Karu_vallavalitsus_Parnumaal, lk 17
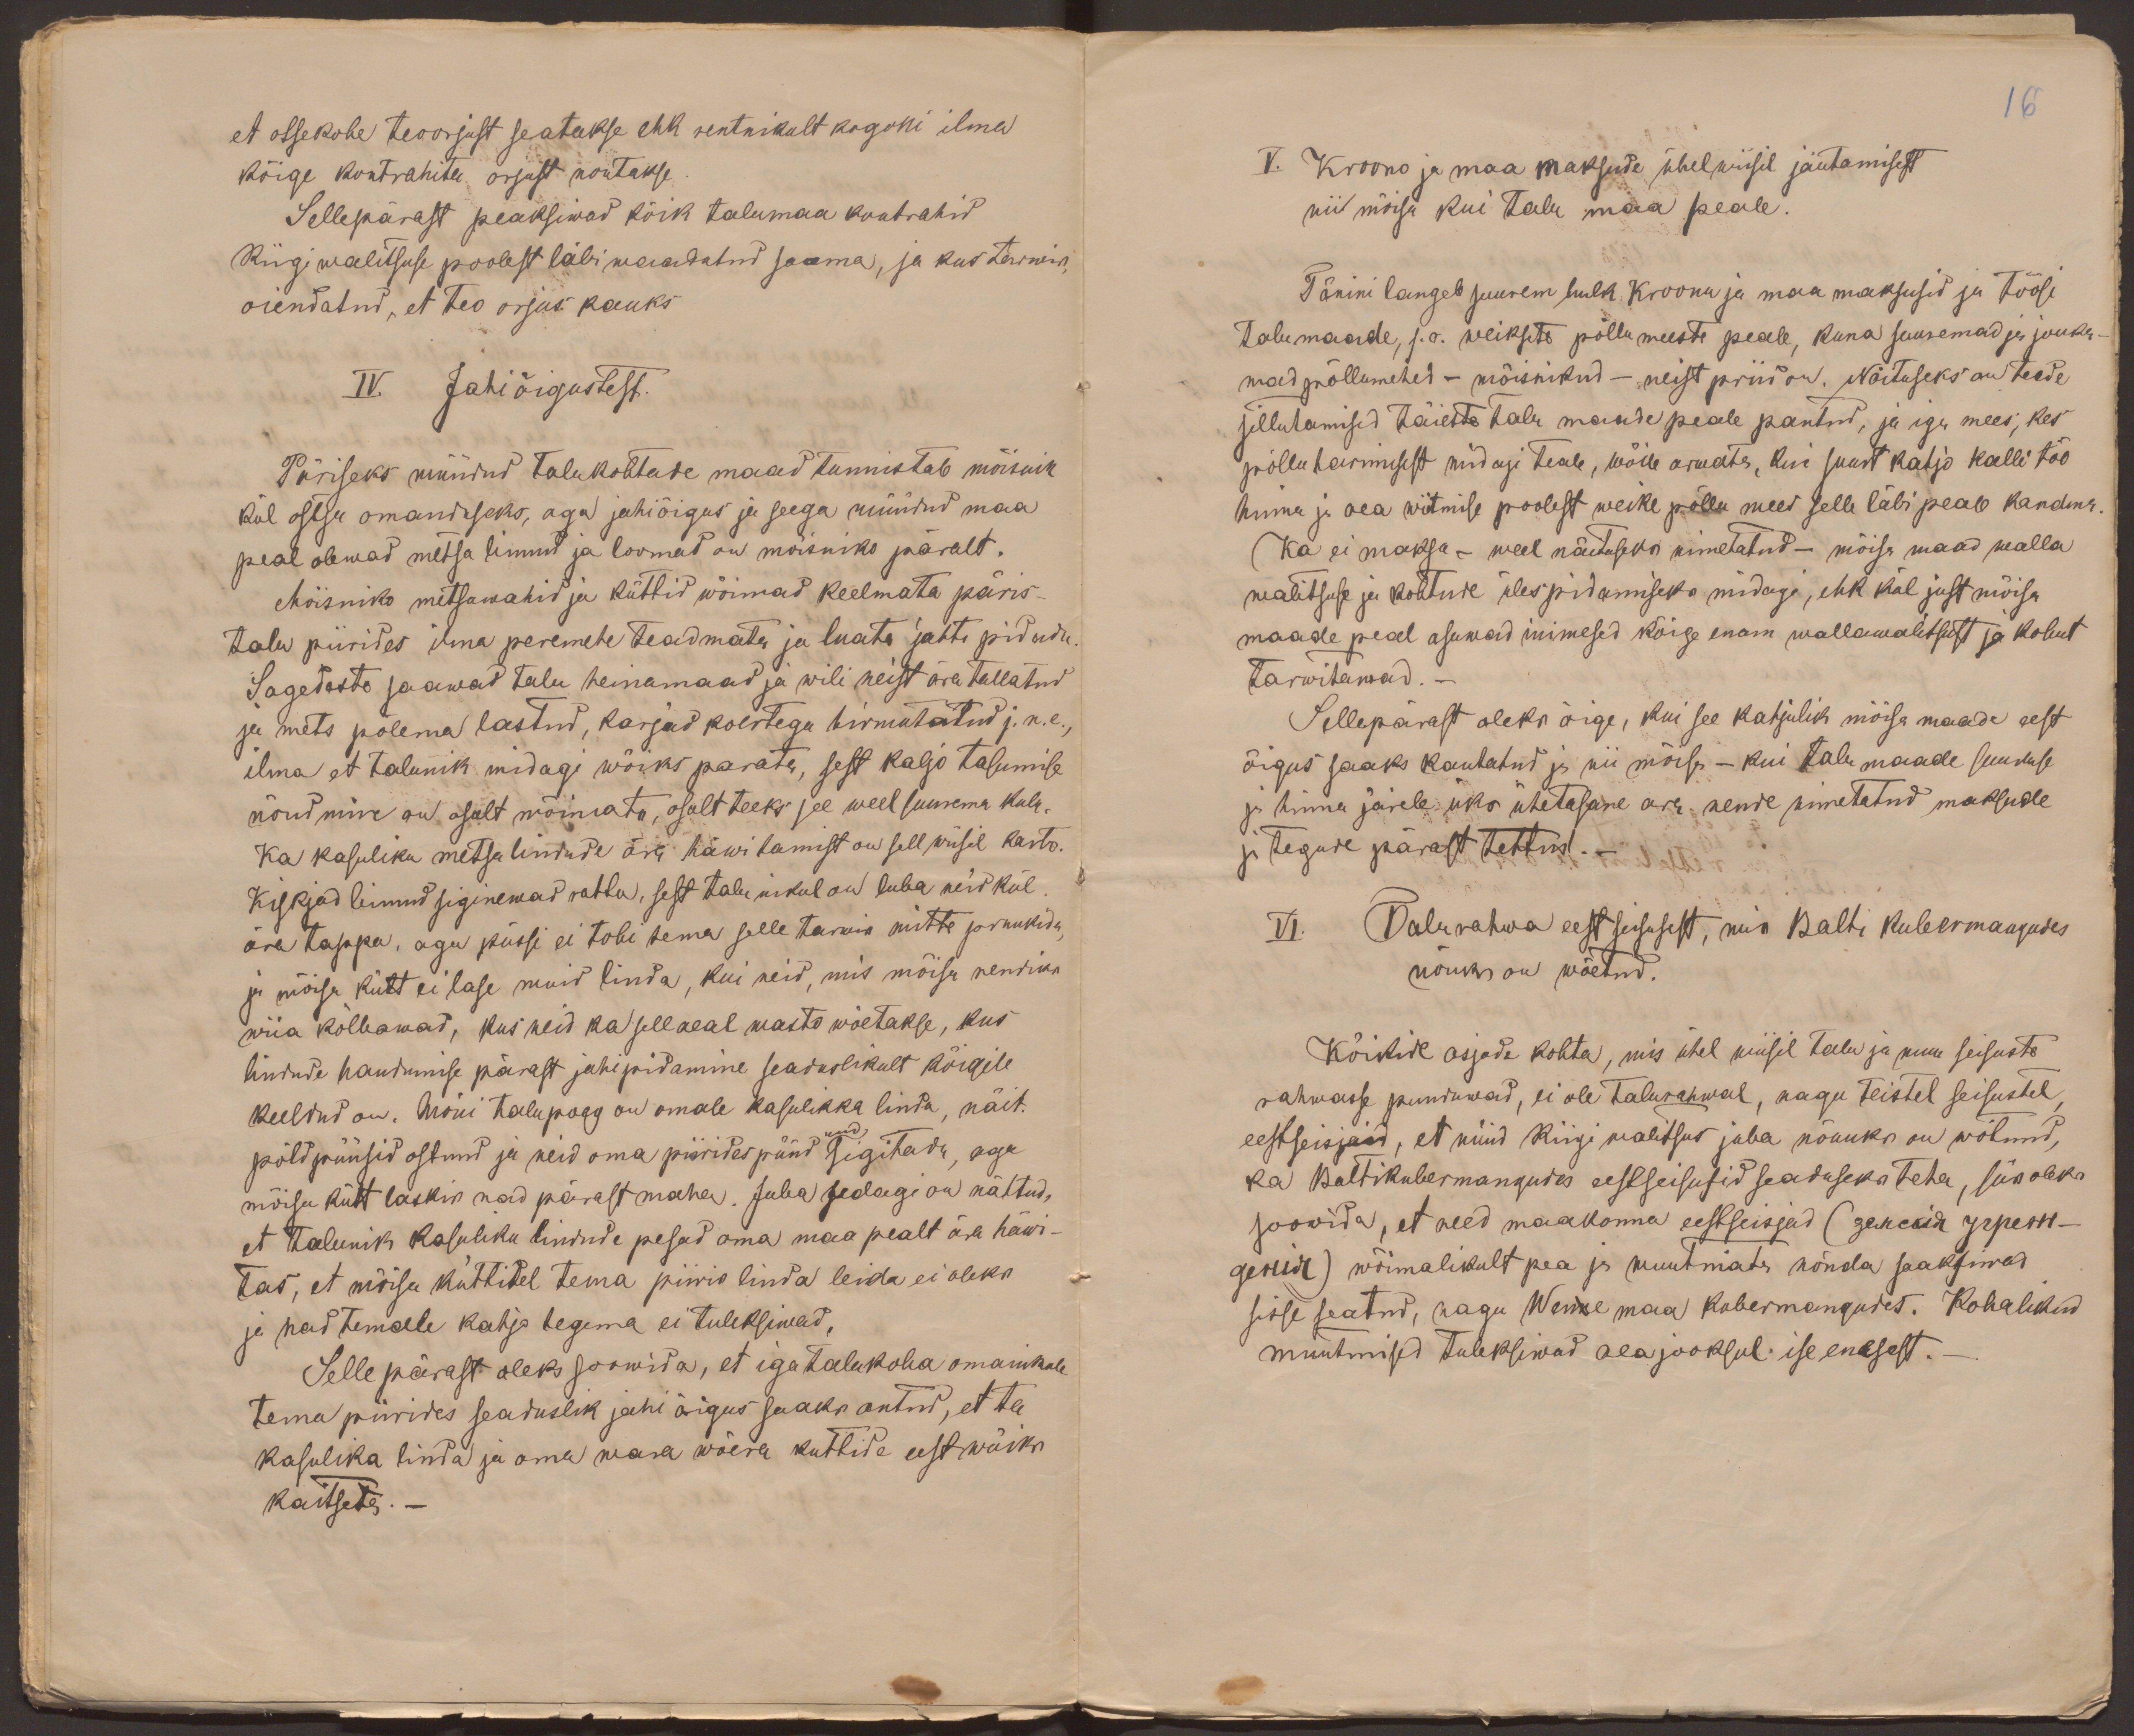
16

et otsekohe teoorjust seatakse ehk rentnikult kogoni ilma
kõige kontrahita orjust noutakse.
Sellepärast peaksiwad kõik talumaa kontrahid
Riigi walitsuse poolest läbi waadatud saama, ja kus tarwis,
oiendatud, et teo orjus kauks
IV. Jahiõigustest.
Päriseks müüdud talukohtade maad tunnistab mõisnik
kül ostja omanduseks, aga jahiõigus ja seega müüdud maa
peal olewad metsa linnud ja loomad on mõisniko päralt.
Mõisniko metsawahid ja küttid wõiwad keelmata päris-
talu piirides ilma peremehe teadmata ja luata jahti pidada.
Sagedaste saawad talu heinamaad ja wili neist ära tallatud
ja mets põlema lastud, karjad koertega hirmutatud j.n.e.,
ilma et talunik midagi wõiks parata, sest kahjo tasumise
nõudmine on osalt wõimatu, osalt teeks see weel suurema kulu.
Ka kasuliku metsalindude ära häwitamist on sell wiisil karto.
Kiskjad linnud siginewad ruttu, sest talunikul on luba neid kül
ära tappa, aga püssi ei tohi tema selle tarwis mitte pruukida,
ja mõisa kütt ei lase muid linda, kui neid, mis mõisa rendiks
wiia kõlbawad, kus neid ka sell aeal wasto wõetakse, kus
lindude haudumise pärast jahipidamine seaduslikult kõigile
keeldud on. Mõni talupoeg on omale kasulikka linda, näit.
põldpüüsid ostnud ja neid oma piirides püüd sigitada, aga
mõisa kütt laskis nad pärast maha. Juba sedagi on nähtud,
et talunik kasuliku lindude pesad oma maa pealt ära häwi-
tas, et mõisa küttidel tema piiris linda leida ei oleks
ja nad temale kahjo tegema ei tuleksiwad.
Sellepärast oleks soowida, et iga talukoha omanikule
tema piirides seaduslik jahi õigus saaks antud, et ta
kasulika linda ja oma wara wõera küttide eest wõiks
kaitseda._

V. Kroono ja maa maksude ühelwiisil jäutamisest
nii mõisa kui talu maa peale.
Tänini langeb suurem hulk Kroonu ja maa maksusid ja töösi
talumaade, s.o. weiksete põllumeeste peale, kuna suuremad ja jouka-
mad põllumehed - mõisnikud - neist priid on. Näituseks on teede
sillutamised täieste talu maade peale pantud, ja iga mees, kes
põllu harimisest midagi teab, wõib arwata, kui suurt kahjo kalli töö
hinna ja aea wiitmise poolest weike põllu mees selle läbi peab kandma.
Ka ei maksa - weel näituseks nimetatud - mõisa maad walla
walitsuse ja kohtude ülespidamiseks midagi, ehk kül just mõisa
maade peal asuwad inimesed kõige enam wallawalitsust ja kohut
tarwitawad.-
Sellepärast oleks õige, kui see kahjulik mõisa maade eest
õigus saaks kautatud ja nii mõisa - kui talu maade suuruse
ja hinna järele üks ühetasane aru nende nimetatud maksude
ja tegude pärast tehtud._
VI. Talurahwa eestseisusest, mis Balti kubermangudes
nõuks on wõetud.
Kõikide asjade kohta, mis ühel wiisil talu ja muu seisuste
rahwasse puuduwad, ei ole talurahwal, nagu teistel seisustel
eestseisjaid, et nüüd Riigi walitsus juba nõuuks on wõtnud,
ka Baltikubermangudes eestseisusid seaduseks teha, siis oleks
soowida, et need maakonna eestseisjad (genekid  õppeks)
genist) wõimalikult pea ja muutmata nõnda saaksiwad
sise seatud, nagu Wenne maa kubermangudes. Kohalikud
muutmised tuleksiwad aea jooksul ise enesest.-